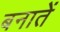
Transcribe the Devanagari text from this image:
बनातें